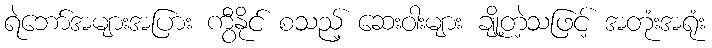
ရဲဘော်အများအပြား ကွီနိုင် စသည့် ဆေးဝါးများ ချို့တဲ့သဖြင့် အတုံးအရုံး